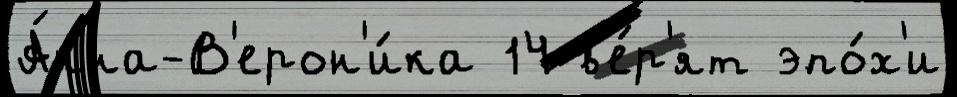
А́нна-В'ерон'и́ка 14 в'е́р'ят эпо́х'и